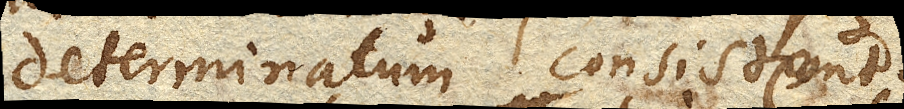
determinatum consistent.